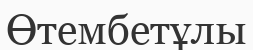
Өтембетұлы